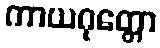
ကာယဂုတ္တော